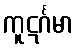
ကူဋင်္ဂမာ